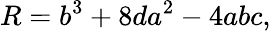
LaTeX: R=b^{3}+8da^{2}-4abc,